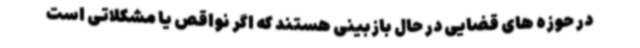
در حوزه های قضایی در حال بازبینی هستند که اگر نواقص یا مشکلاتی است